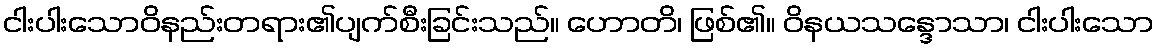
ငါးပါးသောဝိနည်းတရား၏ပျက်စီးခြင်းသည်။ ဟောတိ၊ ဖြစ်၏။ ဝိနယသန္ဒောသာ၊ ငါးပါးသော